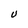
Character: U